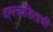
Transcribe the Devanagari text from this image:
वामनपंडिताची